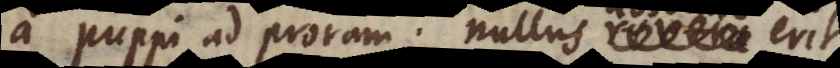
a puppi ad proram; nullus absolute erit